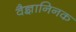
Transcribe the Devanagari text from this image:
वैज्ञानिनक